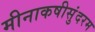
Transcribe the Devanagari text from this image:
मीनाकषीसुंदरम